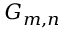
G _ { m , n }